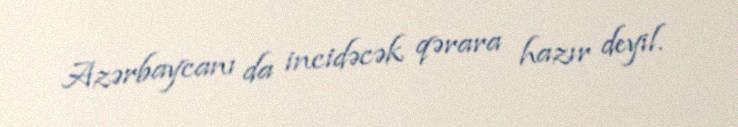
Azərbaycanı da incidəcək qərara hazır deyil.